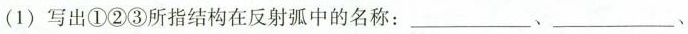
(1) 写出①②③所指结构在反射弧中的名称：___、___、